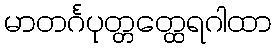
မာတင်္ဂပုတ္တတ္ထေရဂါထာ